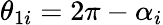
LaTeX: \theta_{1i}=2\pi-\alpha_{i}